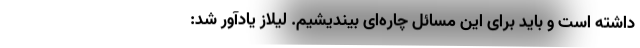
داشته است و باید برای این مسائل چاره‌ای بیندیشیم. لیلاز یادآور شد: